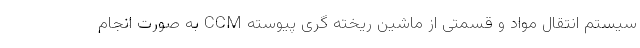
سیستم انتقال مواد و قسمتی از ماشین ریخته گری پیوسته CCM به صورت انجام